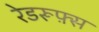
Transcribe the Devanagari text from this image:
रेडरूफ़्स